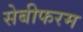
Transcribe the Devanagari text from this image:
सेबीफरम